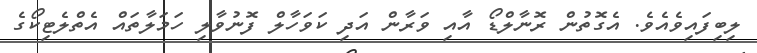
ލިބިފައިވެއެވެ. އެގޮތުން ރޮނާލްޑޯ އާއި ވަރާން އަދި ކަވަހާލް ފޮނުވާލި ހަމަލާތައް އެތްލެޓިކޯގެ